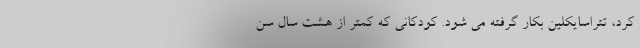
کرد، تتراسایکلین بکار گرفته می شود. کودکانی که کمتر از هشت سال سن